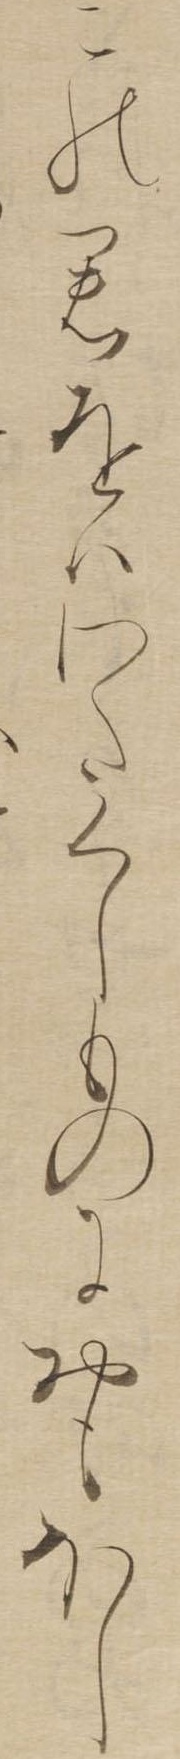
この君をはわたくしものにおもほし